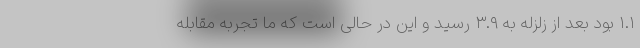
۱.۱ بود بعد از زلزله به ۳.۹ رسید و این در حالی است که ما تجربه مقابله